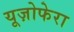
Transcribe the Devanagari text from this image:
यूज़ोफेरा